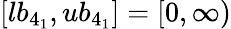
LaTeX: [lb_{4_{1}},ub_{4_{1}}]=[0,\infty)